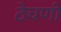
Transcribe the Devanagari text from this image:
ठेचणी